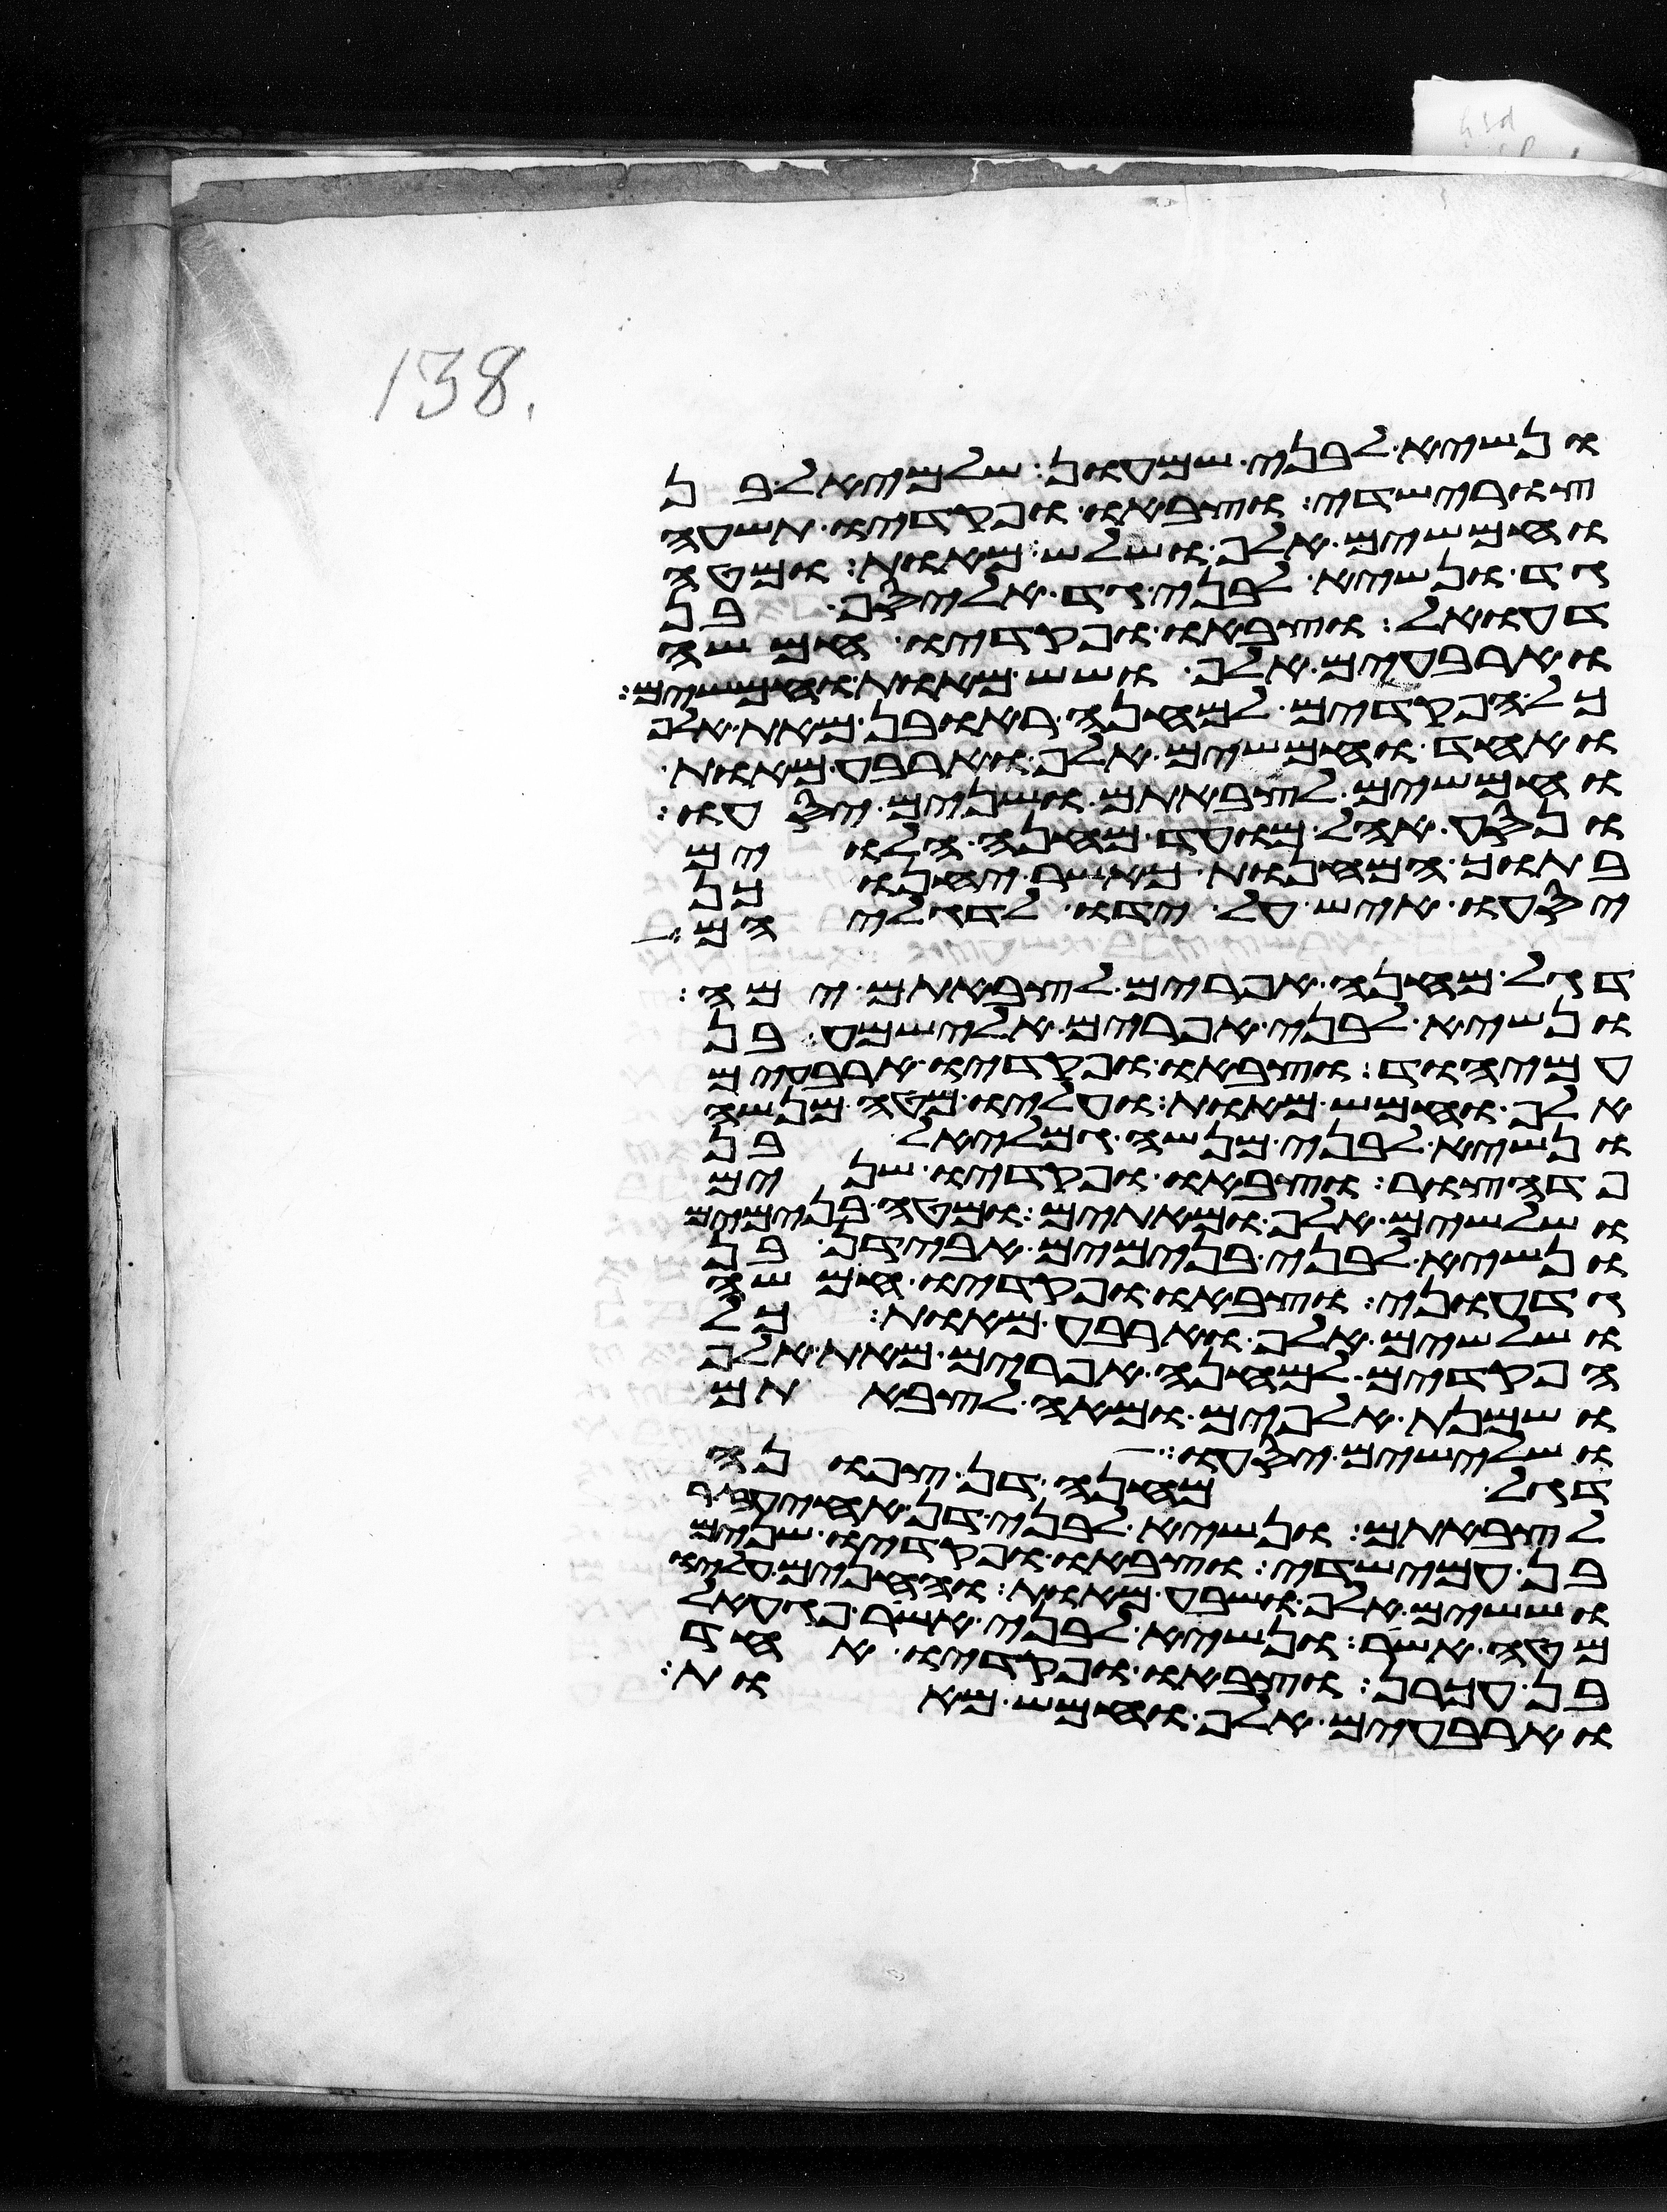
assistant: ונשיא לבני שמעון שלמיאל בן
צורישדי וצבאו ופקדיו תשעה
וחמשים אלף ושלש מאות ומטה
גד ונשיא לבני גד אליסף בן
דעואל וצבאו ופקדיו חמשה
וארבעים אלף ושש מאות וחמשים
כל הפקדים למחנה ראובן מאת אלף
ואחד וחמשים אלף וארבע מאות
וחמשים לצבאתם ושנים יסעו
ונסע אהל מועד מחנה הלוים
בתוך המחנות כאשר יחנו כן
יסעו איש על ידו לדגליהם
דגל מחנה אפרים לצבאתם ימה
ונשיא לבני אפרים אלישמע בן
עמיהוד וצבאו ופקדיו ארבעים
אלף וחמש מאות ועליו מטה מנשה
ונשיא לבני מנשה גמליאל בן
פדהצור וצבאו ופקדיו שנים
ושלשים אלף ומאתים ומטה בנימים
ונשיא לבני בנימים אבידן בן
גדעוני וצבאו ופקדיו חמשה
ושלשים אלף וארבע מאות כל
הפקדים למחנה אפרים מאת אלף
ושמנת אלפים ומאה לצבאתם
ושלישים יסעו
דגל מחנה דן צפונה
לצבאתם ונשיא לבני דן אחיעזר
בן עמישדי וצבאו ופקדיו שנים
וששים אלף ושבע מאות והחנים עליו
מטה אשר ונשיא לבני אשר פגעאל
בן עכרן וצבאו ופקדיו אחד
וארבעים אלף וחמש מאות